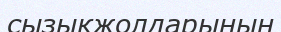
сызықжолдарының